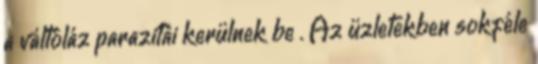
a váltóláz parazitái kerülnek be . Az üzletekben sokféle